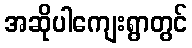
အဆိုပါကျေးရွာတွင်